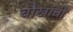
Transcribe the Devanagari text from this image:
चौखांबी